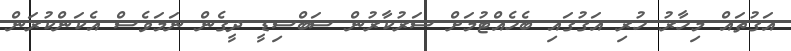
އަގުތައް މިހާރު ހުރި އަގުގައި ބެހެއްޓުމަށް ސަރުކާރުން ސަބްސިޑީ ދީގެން ނަމަވެސް އެކަންކުރަން